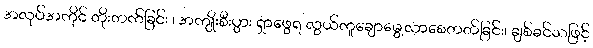
အလုပ်အကိုင် တိုးတက်ခြင်း ၊ အကျိုးစီးပွား ရှာဖွေရ လွယ်ကူချောမွေ့လာစေတတ်ခြင်း၊ ချစ်ခင်သဖြင့်